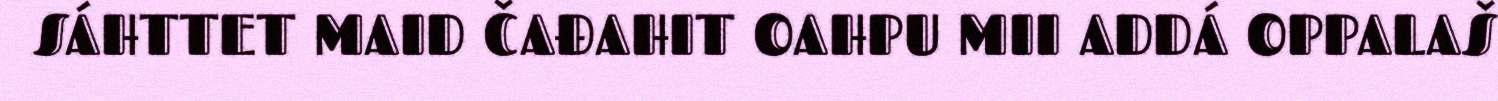
SÁHTTET MAID ČAĐAHIT OAHPU MII ADDÁ OPPALAŠ